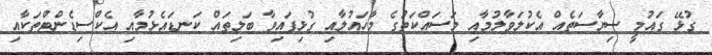
ގުޅޭ ގައުމީ ސިޔާސަތެއް އެކުލަވާލުމާއި މަސައްކަތުގެ މާހައުލާއި ގުޅިފައިވާ ބަލިތައް ކަނޑައެޅުމާއި އެކްސިޑެންޓްތަކާއި